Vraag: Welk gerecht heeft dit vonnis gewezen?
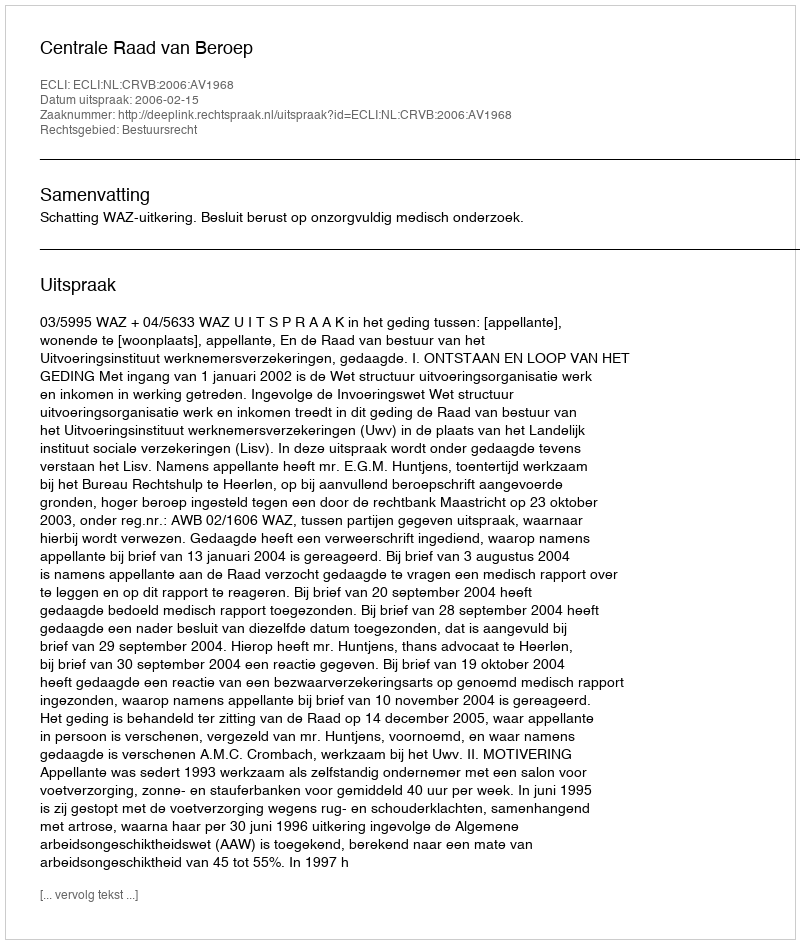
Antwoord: Centrale Raad van Beroep